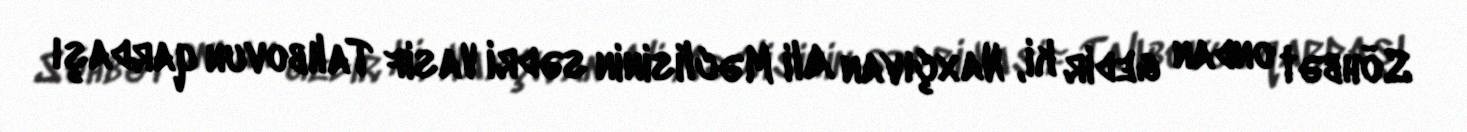
Söhbət ondan gedir ki, Naxçıvan Ali Məclisinin sədri Vasif Talıbovun qardaşı